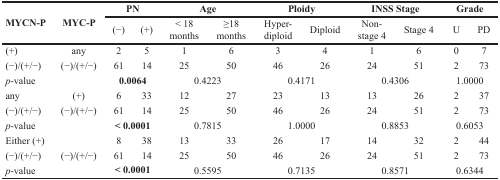
| <ROWSPAN=2> MYCN-P | <ROWSPAN=2> MYC-P | <COLSPAN=2> PN | <COLSPAN=2> Age | <COLSPAN=2> Ploidy | <COLSPAN=2> INSS Stage | <COLSPAN=2> Grade |
 | (−) | (+) | < 18 months | ≥18 months | Hyper-diploid | Diploid | Non-stage 4 | Stage 4 | U | PD |
 | --- | --- | --- | --- | --- | --- | --- | --- | --- | --- | --- | --- |
 | (+) | any | 2 | 5 | 1 | 6 | 3 | 4 | 1 | 6 | 0 | 7 |
 | (−)/(+/−) | (−)/(+/−) | 61 | 14 | 25 | 50 | 46 | 26 | 24 | 51 | 2 | 73 |
 | <COLSPAN=2> p-value | <COLSPAN=2> 0.0064 | <COLSPAN=2> 0.4223 | <COLSPAN=2> 0.4171 | <COLSPAN=2> 0.4306 | <COLSPAN=2> 1.0000 |
 | any | (+) | 6 | 33 | 12 | 27 | 23 | 13 | 13 | 26 | 2 | 37 |
 | (−)/(+/−) | (−)/(+/−) | 61 | 14 | 25 | 50 | 46 | 26 | 24 | 51 | 2 | 73 |
 | <COLSPAN=2> p-value | <COLSPAN=2> < 0.0001 | <COLSPAN=2> 0.7815 | <COLSPAN=2> 1.0000 | <COLSPAN=2> 0.8853 | <COLSPAN=2> 0.6053 |
 | <COLSPAN=2> Either (+) | 8 | 38 | 13 | 33 | 26 | 17 | 14 | 32 | 2 | 44 |
 | (−)/(+/−) | (−)/(+/−) | 61 | 14 | 25 | 50 | 46 | 26 | 24 | 51 | 2 | 73 |
 | <COLSPAN=2> p-value | <COLSPAN=2> < 0.0001 | <COLSPAN=2> 0.5595 | <COLSPAN=2> 0.7135 | <COLSPAN=2> 0.8571 | <COLSPAN=2> 0.6344 |